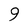
Character: 9